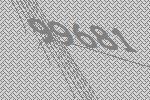
99681